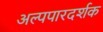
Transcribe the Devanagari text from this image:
अल्पपारदर्शक